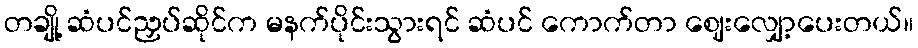
တချို့ ဆံပင်ညှပ်ဆိုင်က မနက်ပိုင်းသွားရင် ဆံပင် ကောက်တာ ဈေးလျှော့ပေးတယ်။